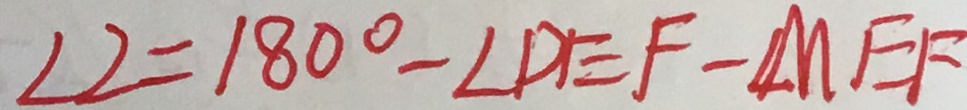
\angle 2 = 1 8 0 ^ { \circ } - \angle D E F - \angle M E F